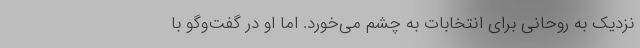
نزديك به روحاني براي انتخابات به چشم مي‌خورد. اما او در گفت‌وگو با